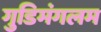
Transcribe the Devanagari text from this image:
गुडिमंगलम